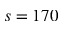
s = 1 7 0